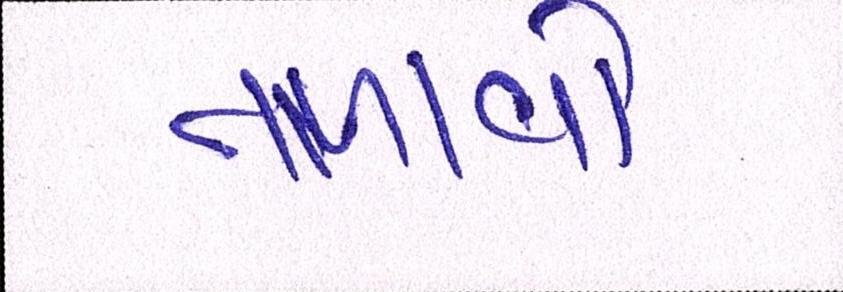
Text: તાળાવો